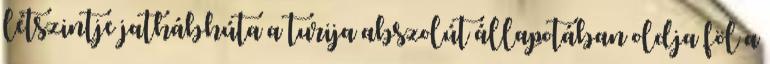
létszintje jathábhúta a turija abszolút állapotában oldja föl a